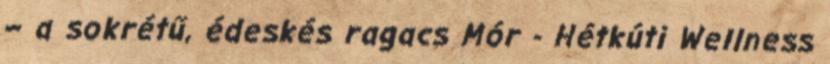
– a sokrétű, édeskés ragacs Mór - Hétkúti Wellness